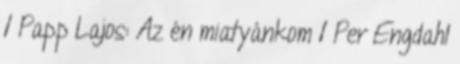
1 Papp Lajos: Az én miatyánkom 1 Per Engdahl